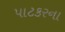
પાટકરના